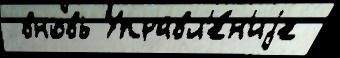
 вновь Управл'е́н'иjе